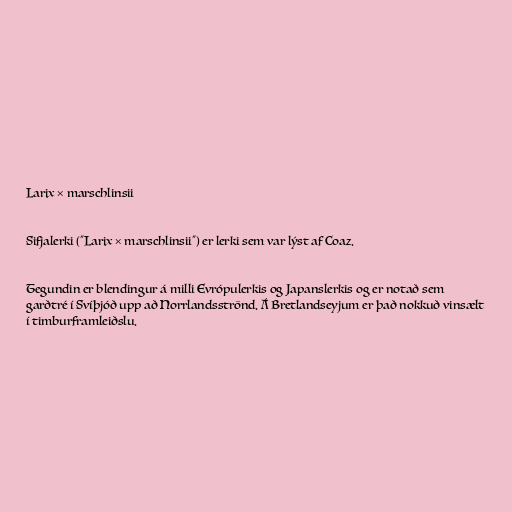
Larix × marschlinsii

Sifjalerki ("Larix × marschlinsii") er lerki sem var lýst af Coaz.

Tegundin er blendingur á milli Evrópulerkis og Japanslerkis og er notað sem
garðtré í Svíþjóð upp að Norrlandsströnd. Á Bretlandseyjum er það nokkuð vinsælt
í timburframleiðslu.